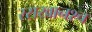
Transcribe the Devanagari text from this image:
रसखानश्च